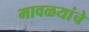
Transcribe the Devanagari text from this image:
मावळयांचे